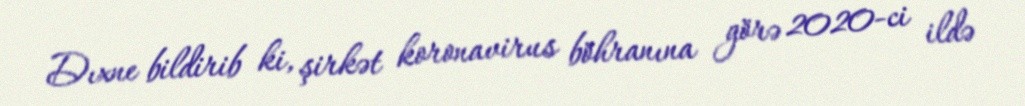
Dıxne bildirib ki, şirkət koronavirus böhranına görə 2020-ci ildə